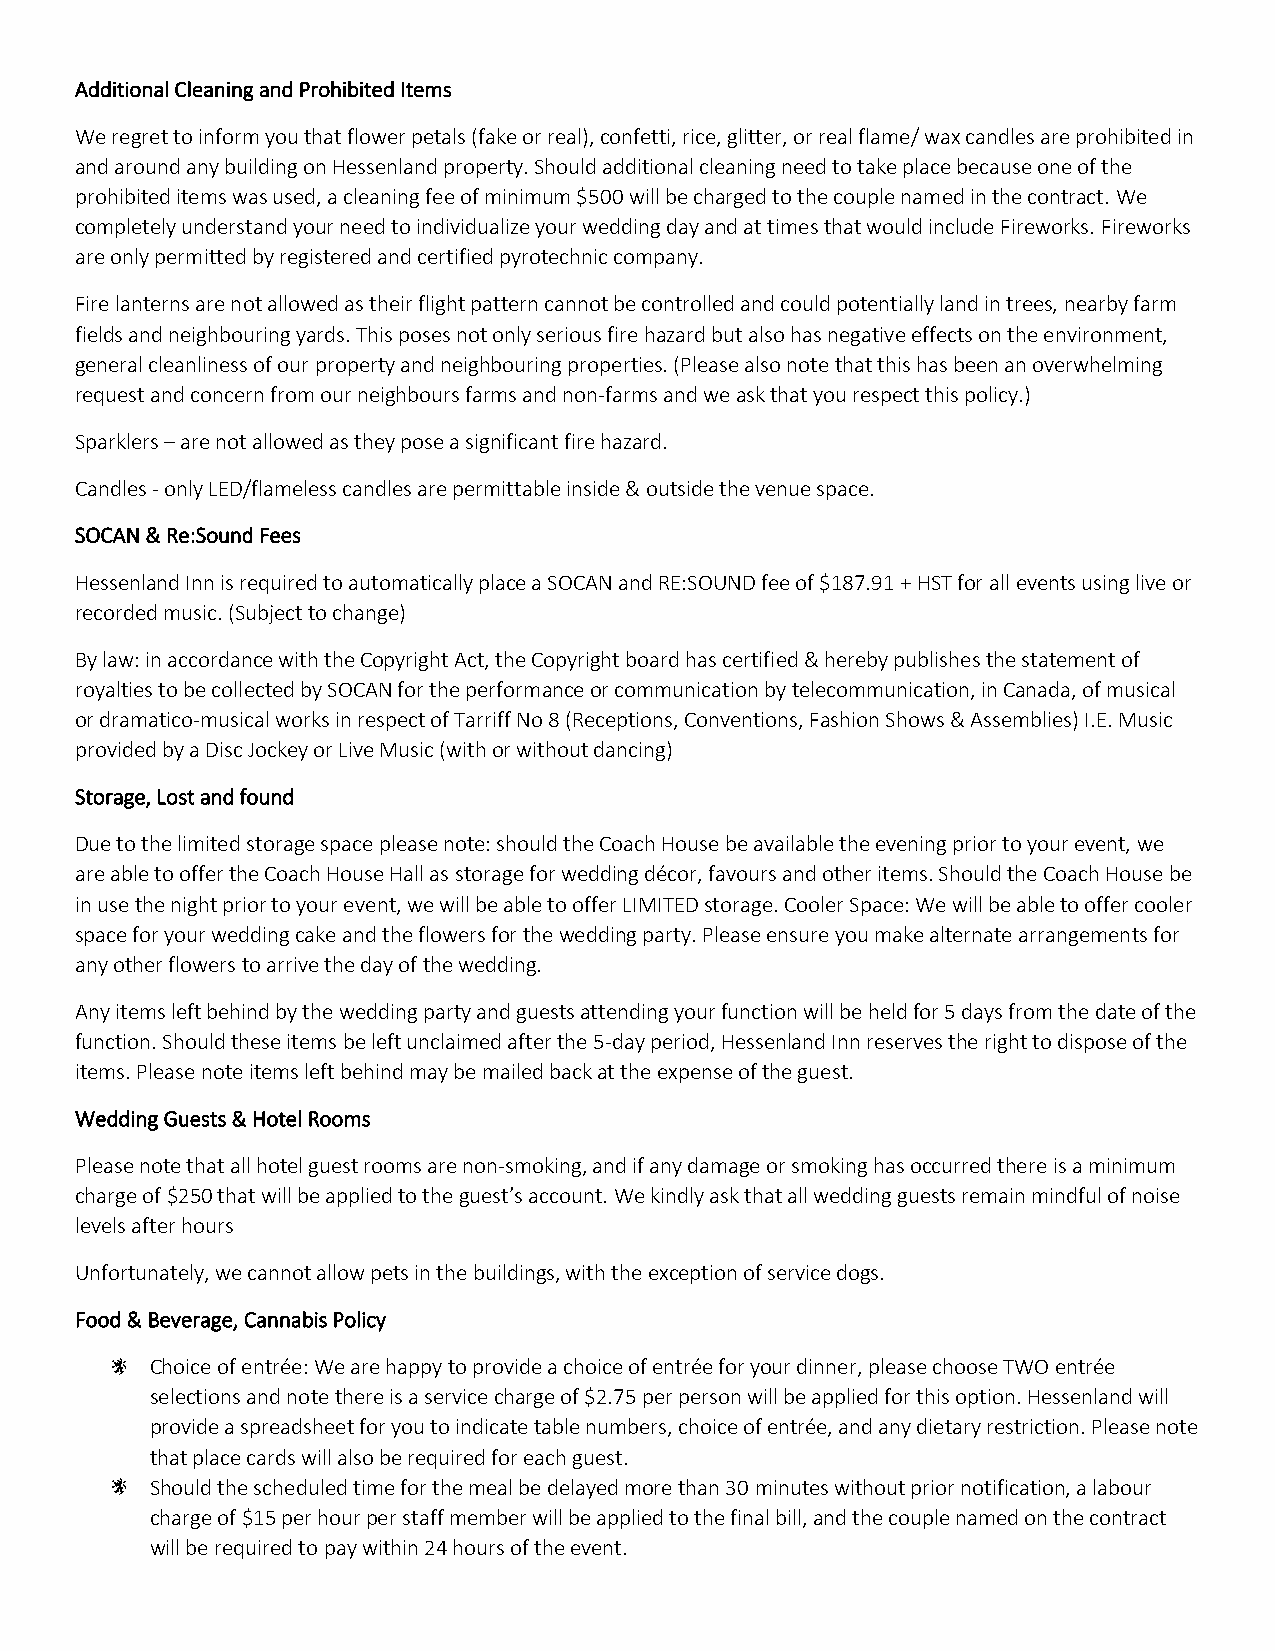
Additional Cleaning and Prohibited Items
 We regret to inform you that flower petals (fake or real), confetti, rice, glitter, or real flame/ wax candles are prohibited in
 and around any building on Hessenland property. Should additional cleaning need to take place because one of the
 prohibited items was used, a cleaning fee of minimum $500 will be charged to the couple named in the contract. We
 completely understand your need to individualize your wedding day and at times that would include Fireworks. Fireworks
 are only permitted by registered and certified pyrotechnic company.
 Fire lanterns are not allowed as their flight pattern cannot be controlled and could potentially land in trees, nearby farm
 fields and neighbouring yards. This poses not only serious fire hazard but also has negative effects on the environment,
 general cleanliness of our property and neighbouring properties. (Please also note that this has been an overwhelming
 request and concern from our neighbours farms and non-farms and we ask that you respect this policy.)
 Sparklers – are not allowed as they pose a significant fire hazard.
 Candles - only LED/flameless candles are permittable inside & outside the venue space.
 SOCAN & Re:Sound Fees
 Hessenland Inn is required to automatically place a SOCAN and RE:SOUND fee of $187.91 + HST for all events using live or
 recorded music. (Subject to change)
 By law: in accordance with the Copyright Act, the Copyright board has certified & hereby publishes the statement of
 royalties to be collected by SOCAN for the performance or communication by telecommunication, in Canada, of musical
 or dramatico-musical works in respect of Tarriff No 8 (Receptions, Conventions, Fashion Shows & Assemblies) I.E. Music
 provided by a Disc Jockey or Live Music (with or without dancing)
 Storage, Lost and found
 Due to the limited storage space please note: should the Coach House be available the evening prior to your event, we
 are able to offer the Coach House Hall as storage for wedding décor, favours and other items. Should the Coach House be
 in use the night prior to your event, we will be able to offer LIMITED storage. Cooler Space: We will be able to offer cooler
 space for your wedding cake and the flowers for the wedding party. Please ensure you make alternate arrangements for
 any other flowers to arrive the day of the wedding.
 Any items left behind by the wedding party and guests attending your function will be held for 5 days from the date of the
 function. Should these items be left unclaimed after the 5-day period, Hessenland Inn reserves the right to dispose of the
 items. Please note items left behind may be mailed back at the expense of the guest.
 Wedding Guests & Hotel Rooms
 Please note that all hotel guest rooms are non-smoking, and if any damage or smoking has occurred there is a minimum
 charge of $250 that will be applied to the guest’s account. We kindly ask that all wedding guests remain mindful of noise
 levels after hours
 Unfortunately, we cannot allow pets in the buildings, with the exception of service dogs.
 Food & Beverage, Cannabis Policy
 Choice of entrée: We are happy to provide a choice of entrée for your dinner, please choose TWO entrée
 selections and note there is a service charge of $2.75 per person will be applied for this option. Hessenland will
 provide a spreadsheet for you to indicate table numbers, choice of entrée, and any dietary restriction. Please note
 that place cards will also be required for each guest.
 Should the scheduled time for the meal be delayed more than 30 minutes without prior notification, a labour
 charge of $15 per hour per staff member will be applied to the final bill, and the couple named on the contract
 will be required to pay within 24 hours of the event.